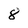
Character: 8